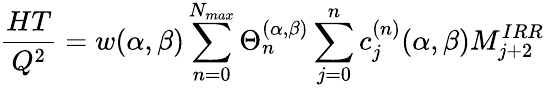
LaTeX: \frac{HT}{Q^{2}}=w(\alpha,\beta)\sum_{n=0}^{N_{max}}\Theta_{n}^{(\alpha,\beta)}\sum_{j=0}^{n}c_{j}^{(n)}(\alpha,\beta)M_{j+2}^{IRR}